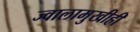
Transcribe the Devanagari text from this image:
ज्वालामुखीही